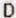
D